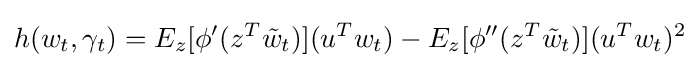
h(w_{t},\gamma _{t})=E_{z}[\phi '(z^{T}{\tilde {w}}_{t})](u^{T}w_{t})-E_{z}[\phi ''(z^{T}{\tilde {w}}_{t})](u^{T}w_{t})^{2}